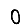
Digit: 0